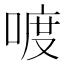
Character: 喥